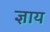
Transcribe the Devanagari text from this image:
ज्ञाय